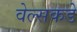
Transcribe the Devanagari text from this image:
वेल्सकडे